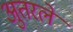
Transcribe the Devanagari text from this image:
अुतरले